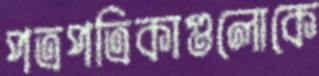
পত্রপত্রিকাগুলোকে